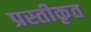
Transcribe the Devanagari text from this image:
प्रस्तीकृत